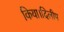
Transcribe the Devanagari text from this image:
किया।दिलीप